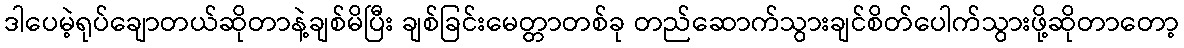
ဒါပေမဲ့ရုပ်ချောတယ်ဆိုတာနဲ့ချစ်မိပြီး ချစ်ခြင်းမေတ္တာတစ်ခု တည်ဆောက်သွားချင်စိတ်ပေါက်သွားဖို့ဆိုတာတော့